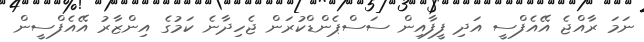
ނަމަ ރާއްޖެ އޭއެފްސީ އަދި ފީފާއިން ސަސްޕެންޑްކުރަން ޖެހިދާނެ ކަމުގެ އިންޒާރު އޭއެފްސީން